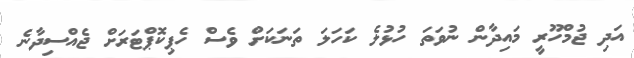
އަދި ޖުމްހޫރީ މައިދާން ނުވަތަ ހުޅުލެ ކަހަލަ ތަނަކަށް ވެސް ހެޕިކޮޕްޓަރަށް ޖެއްސިދާނެ